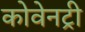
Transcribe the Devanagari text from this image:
कोवेनट्री